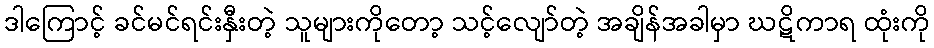
ဒါကြောင့် ခင်မင်ရင်းနှီးတဲ့ သူများကိုတော့ သင့်လျော်တဲ့ အချိန်အခါမှာ ဃဋိကာရ ထုံးကို